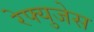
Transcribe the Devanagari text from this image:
रेफ्युजेस